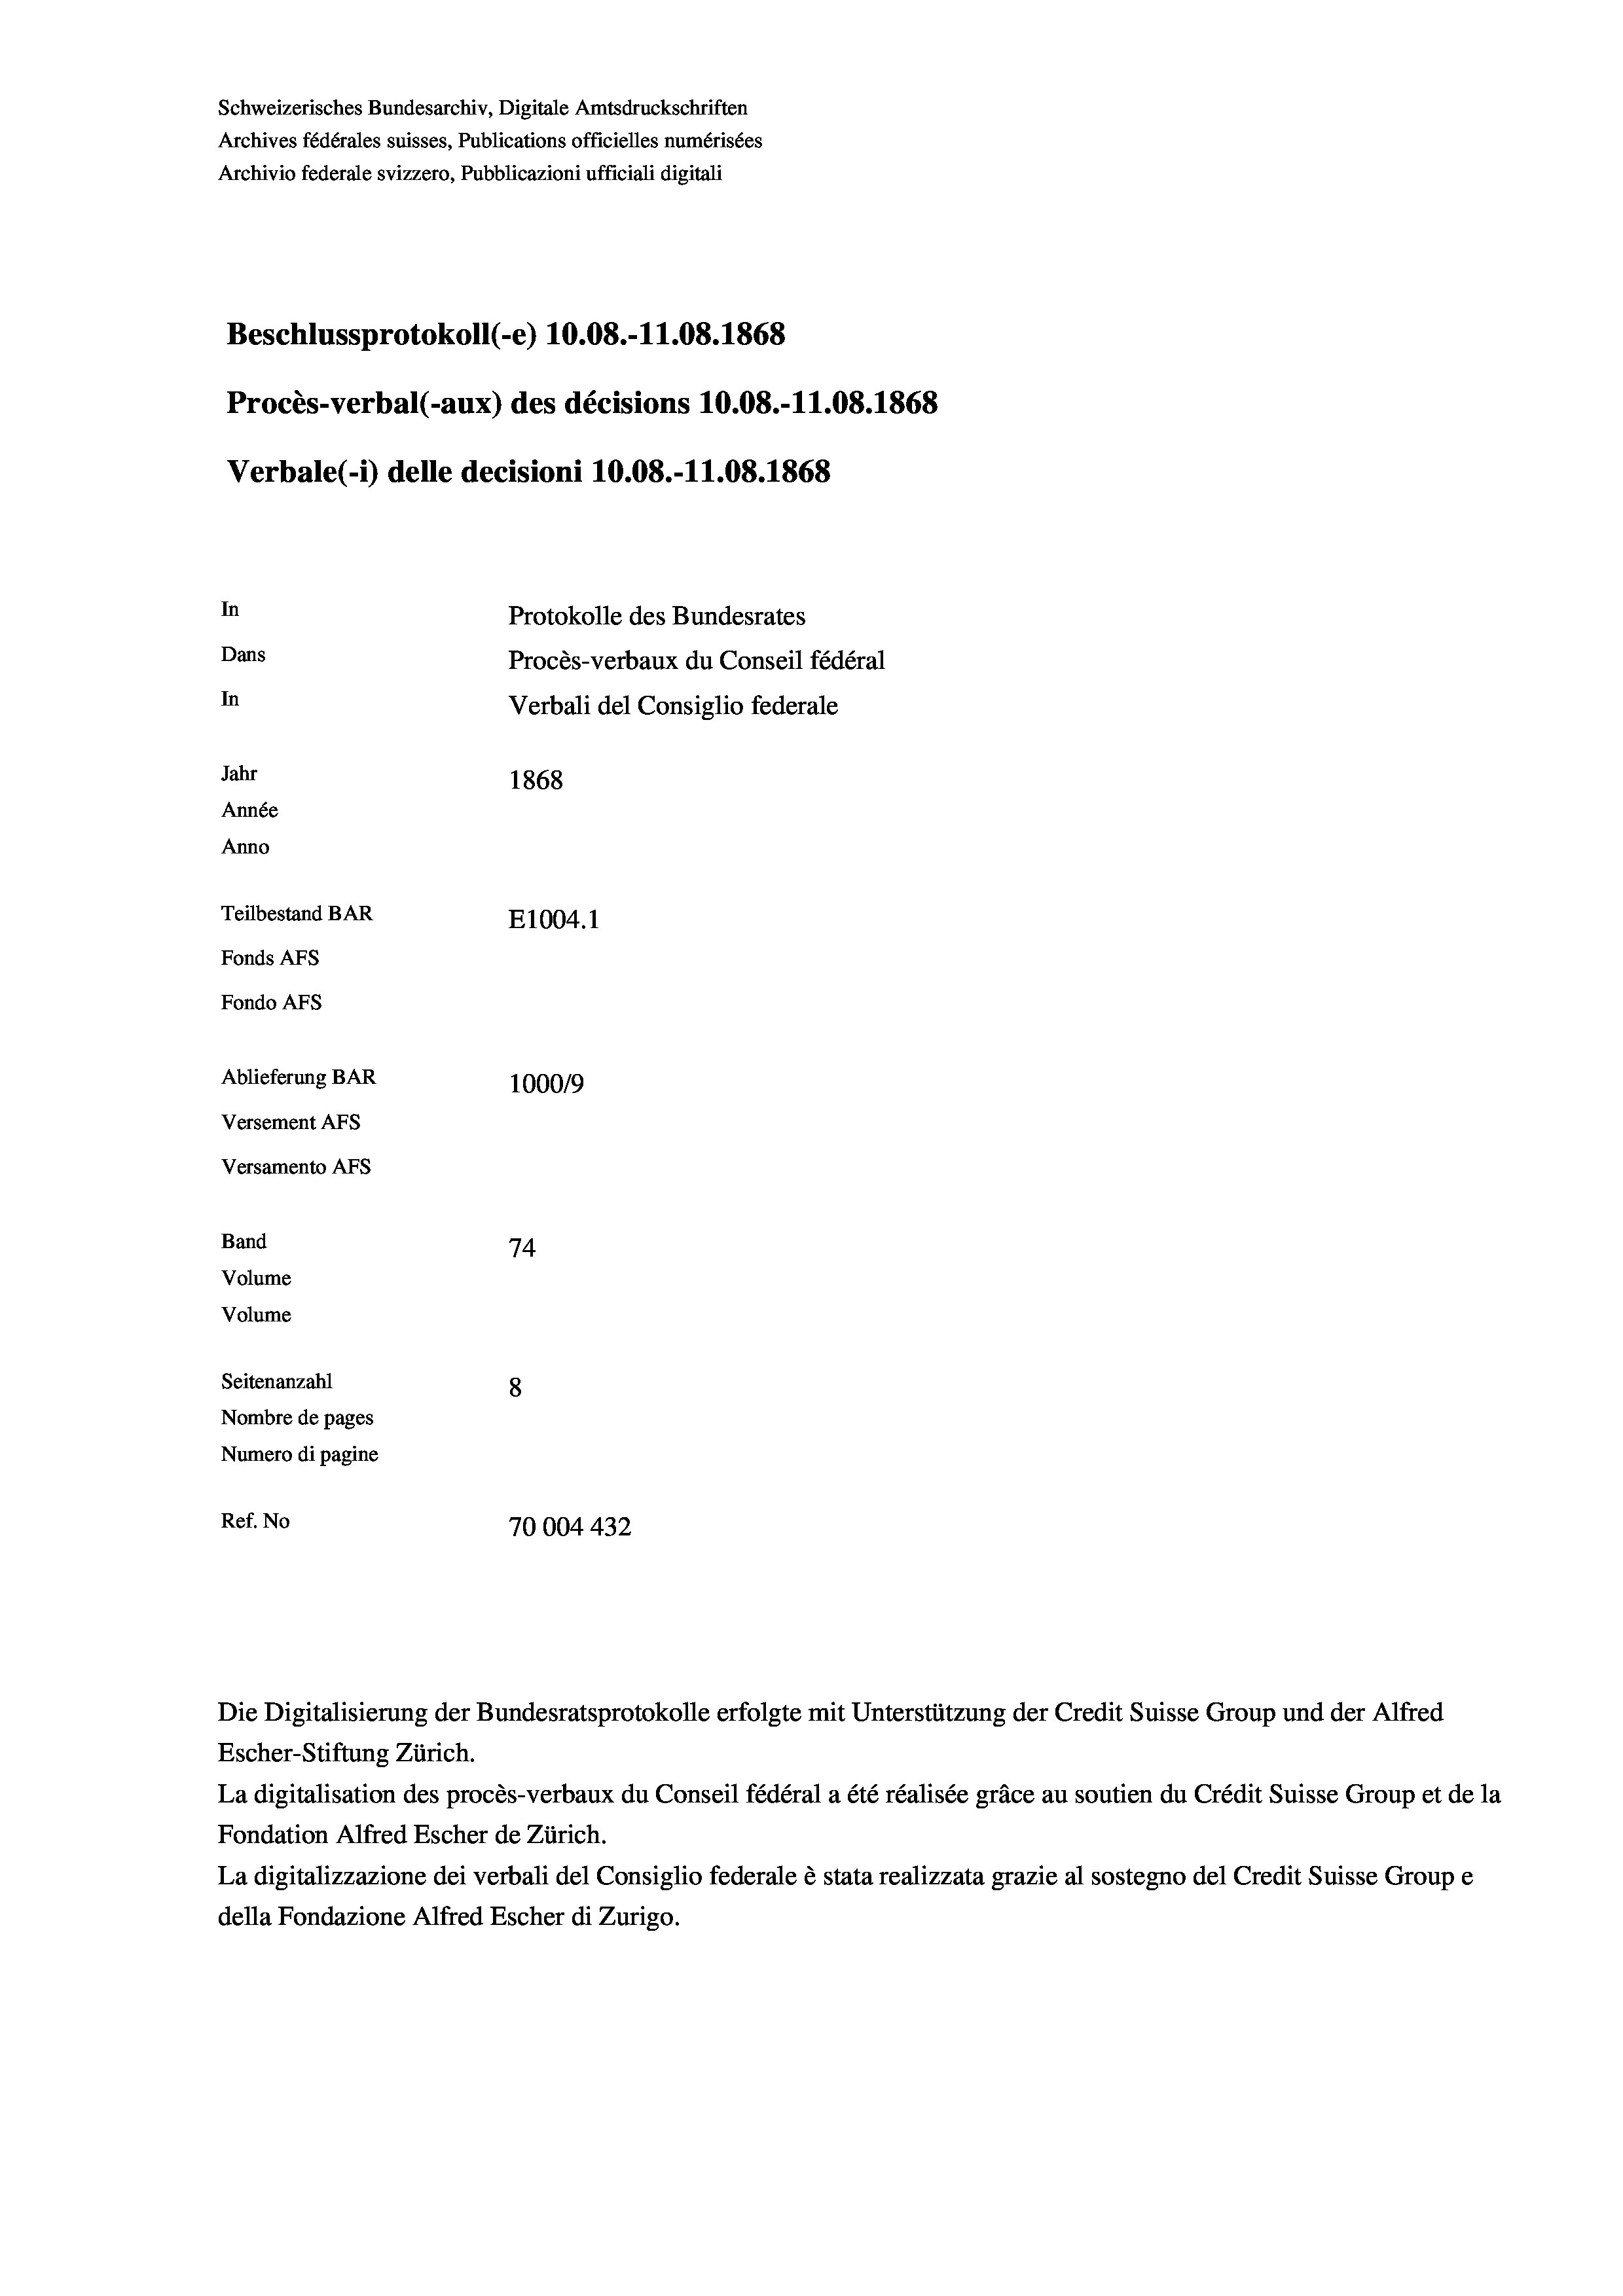
Schweizerisches Bundesarchiv, Digitale Amtsdruckschriften
Archives fédérales suisses, Publications officielles numérisées
Archivio federale svizzero, Pubblicazioni ufficiali digitali
Beschlussprotokoll (-e) 10.08.-11.08. 1868
Procès-verbal (-aux) des décisions 10.08.-11.08. 1868
Verbale(-*) delle decisioni 10.08.-11.08. 1868
In
Protokolle des Bundesrates
Dans
Procès-verbaux du Conseil fédéral
In
Verbali del Consiglio federale
Jahr
1868
Année
Anno
Teilbestand BAR
E1004. 1
Fonds AFs
Fondo AFs
Ablieferung BAR
100019
Versement AFs
Versamento Afs
Band
74
Volume
Volume
Seitenanzahl
8
Nombre de pages
Numero di pagine
Ref. No
70004 432

Escher-Stiftung Zürich.
La digitalisation des procès-verbaux du Conseil fédéral a été réalisée gräce au soutien du Crédit Suisse Group et de la
Fondation Alfred Escher de Zürich.
La digitalizzazione dei verbali del Consiglio federale è stata realizzata grazie al sostegno del Credit Suisse Groupe
della Fondazione Alfred Escher di Zurigo.

Die Digitalisierung der Bundesratsprotokolle erfolgte mit Unterstützung der Credit Suisse Group und der Alfred